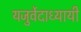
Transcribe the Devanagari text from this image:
यजुर्वेदाध्यायी